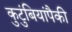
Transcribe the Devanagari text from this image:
कुटुंबियांपैकी